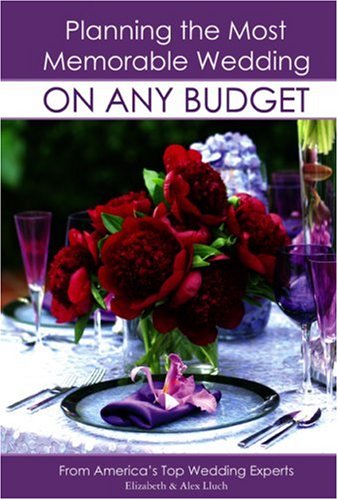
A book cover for Planning the Most Memorable Wedding On Any Budget; Elizabeth Lluch; Crafts, Hobbies & Home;